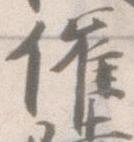
催